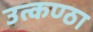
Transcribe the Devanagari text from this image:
उत्‍कण्‍ठा